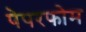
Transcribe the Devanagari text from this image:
पेपरफोम